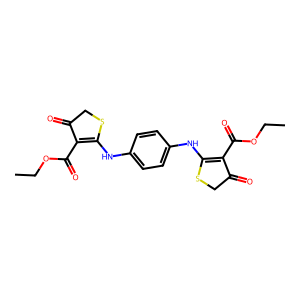
SMILES: CCOC(=O)C1=C(Nc2ccc(NC3=C(C(=O)OCC)C(=O)CS3)cc2)SCC1=O
Inhibits HIV replication: No